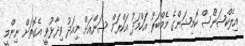
އިލެކްޝަންސް ކޮމިޝަންގެ މެމްބަރު އަހްމަދު އަކްރަމް ސަންއަށް މިއަދު ވިދާޅުވީ އެގޮތަށް ނިންމީ